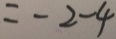
= - 2 - 4